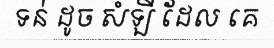
ទន់ ដូច សំឡី ដែល គេ